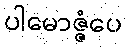
ပါမောဇ္ဇံပေ